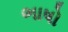
ભાષો